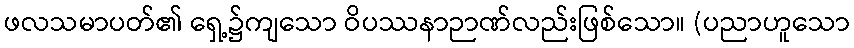
ဖလသမာပတ်၏ ရှေ့၌ကျသော ဝိပဿနာဉာဏ်လည်းဖြစ်သော။ (ပညာဟူသော